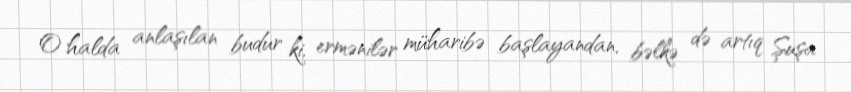
O halda anlaşılan budur ki, ermənilər müharibə başlayandan, bəlkə də artıq Şuşa